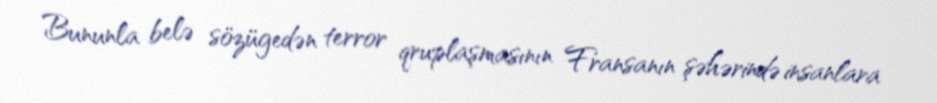
Bununla belə sözügedən terror qruplaşmasının Fransanın şəhərində insanlara